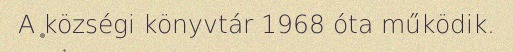
A községi könyvtár 1968 óta működik.